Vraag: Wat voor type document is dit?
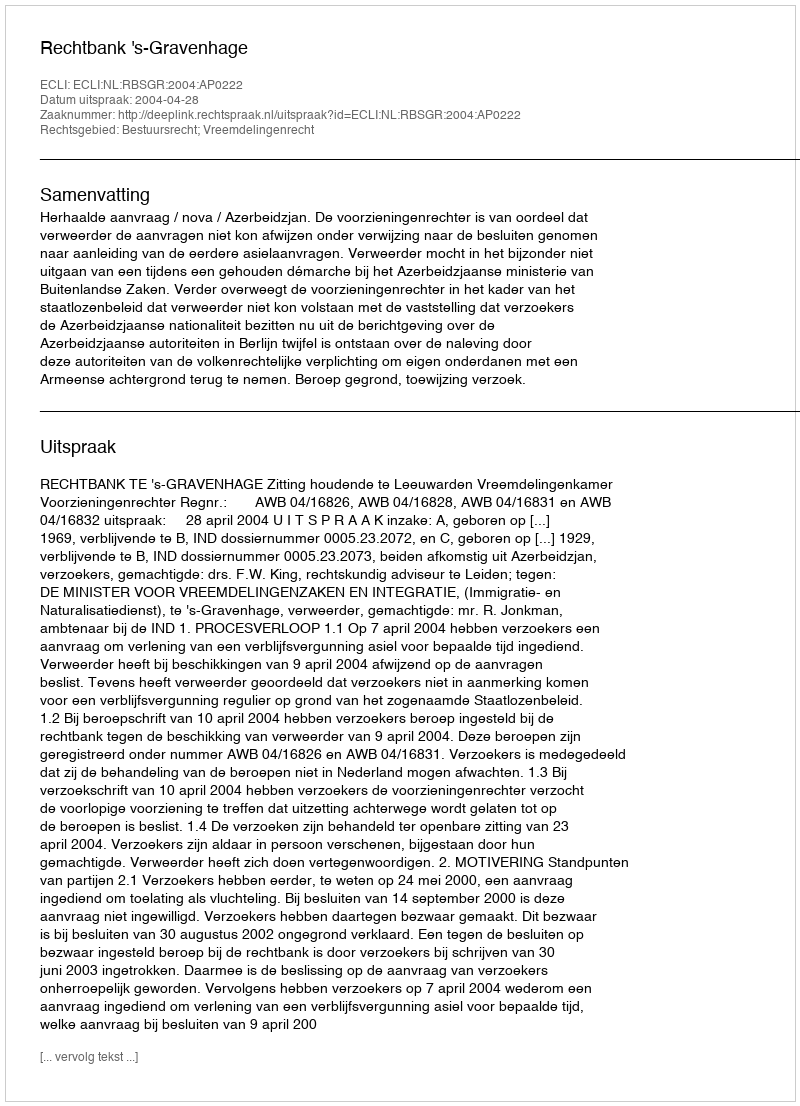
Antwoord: Uitspraak